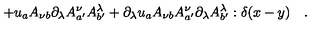
+ u _ { a } A _ { \nu b } \partial _ { \lambda } A _ { a ^ { \prime } } ^ { \nu } A _ { b ^ { \prime } } ^ { \lambda } + \partial _ { \lambda } u _ { a } A _ { \nu b } A _ { a ^ { \prime } } ^ { \nu } \partial _ { \lambda } A _ { b ^ { \prime } } ^ { \lambda } : \delta ( x - y ) \quad .